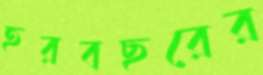
হরবছরের